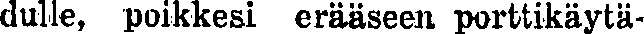
dulle, poikkesi erääseen porttikäytä-